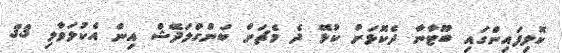
ކޮލިފައިންގައި ބޫޓާނާ ދެކޮޅަށް ކުޅޭ ދެ މެޗަށް ބަންގްލަދޭޝް އިން އެކުލަވާލި 33